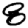
Digit: 8